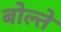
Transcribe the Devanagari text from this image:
बोल्ते